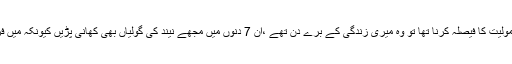
خلیل الرحمان نے کہاکہ جب مجھے عروہ کی فلم میں شمولیت کا فیصلہ کرنا تھا تو وہ میری زندگی کے برے دن تھے ،ْان 7 دنوں میں مجھے نیند کی گولیاں بھی کھانی پڑیں کیونکہ میں فرحان سے محبت کرتا ہوں اور یہ ایک مشکل فیصلہ تھا۔